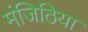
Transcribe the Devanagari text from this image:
मंजिठिया